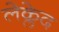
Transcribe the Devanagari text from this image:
लेक्लेद